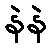
နဲနဲ